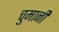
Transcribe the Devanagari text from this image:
चुमानी